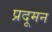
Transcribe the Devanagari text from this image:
प्रदूमन